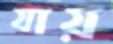
যায়